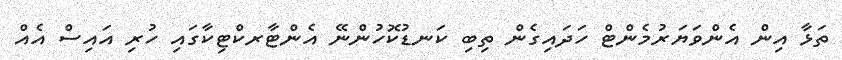
ތަޅާ އިން އެންވަޔަރުމެންޓް ހަދައިގެން ތިބި ކަނޑުކޮހުންނޭ އެންޓާރކްޓިކާގައި ހުރި އައިސް އެއް